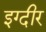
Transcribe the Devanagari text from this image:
इग्दीर